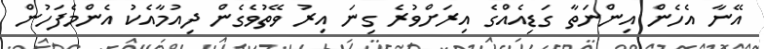
އޭނާ އެހެން އިންނަތާ ގަޑިއެއްގެ އިރަށްވުރެ ގިނަ އިރު ވޭތުވެގެން ދިއުމާއެކު އެންމެފަހުން